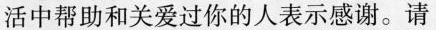
生活中帮助和关爱过你的人表示感谢。请